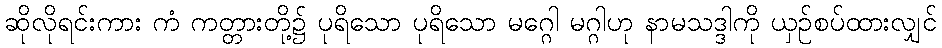
ဆိုလိုရင်းကား ကံ ကတ္တားတို့၌ ပုရိသော ပုရိသော မဂ္ဂေါ မဂ္ဂါဟု နာမသဒ္ဒါကို ယှဉ်စပ်ထားလျှင်